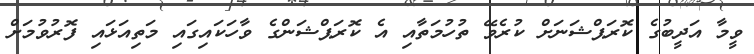
ވީމާ އަދީބުގެ ކޮރަޕްޝަނަށް ކުރެވޭ ތުހުމަތާއި އެ ކޮރަޕްޝަންގެ ވާހަކައިގައި މަތިއަޅައި ފޮރުވުމަށް